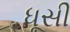
ધૂસી